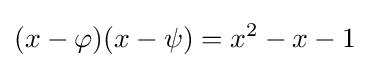
(x-\varphi )(x-\psi )=x^{2}-x-1